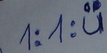
Text: 1:1:u